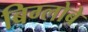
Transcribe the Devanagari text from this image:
बिग्लोबे